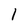
Character: 1